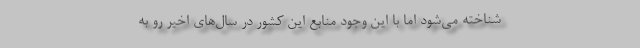
شناخته می‌شود اما با این وجود منابع این کشور در سال‌های اخیر رو به